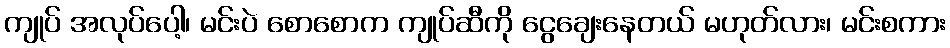
ကျုပ် အလုပ်ပေါ့၊ မင်းပဲ စောစောက ကျုပ်ဆီကို ငွေချေးနေတယ် မဟုတ်လား၊ မင်းစကား